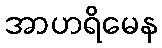
အာဟရိမေန